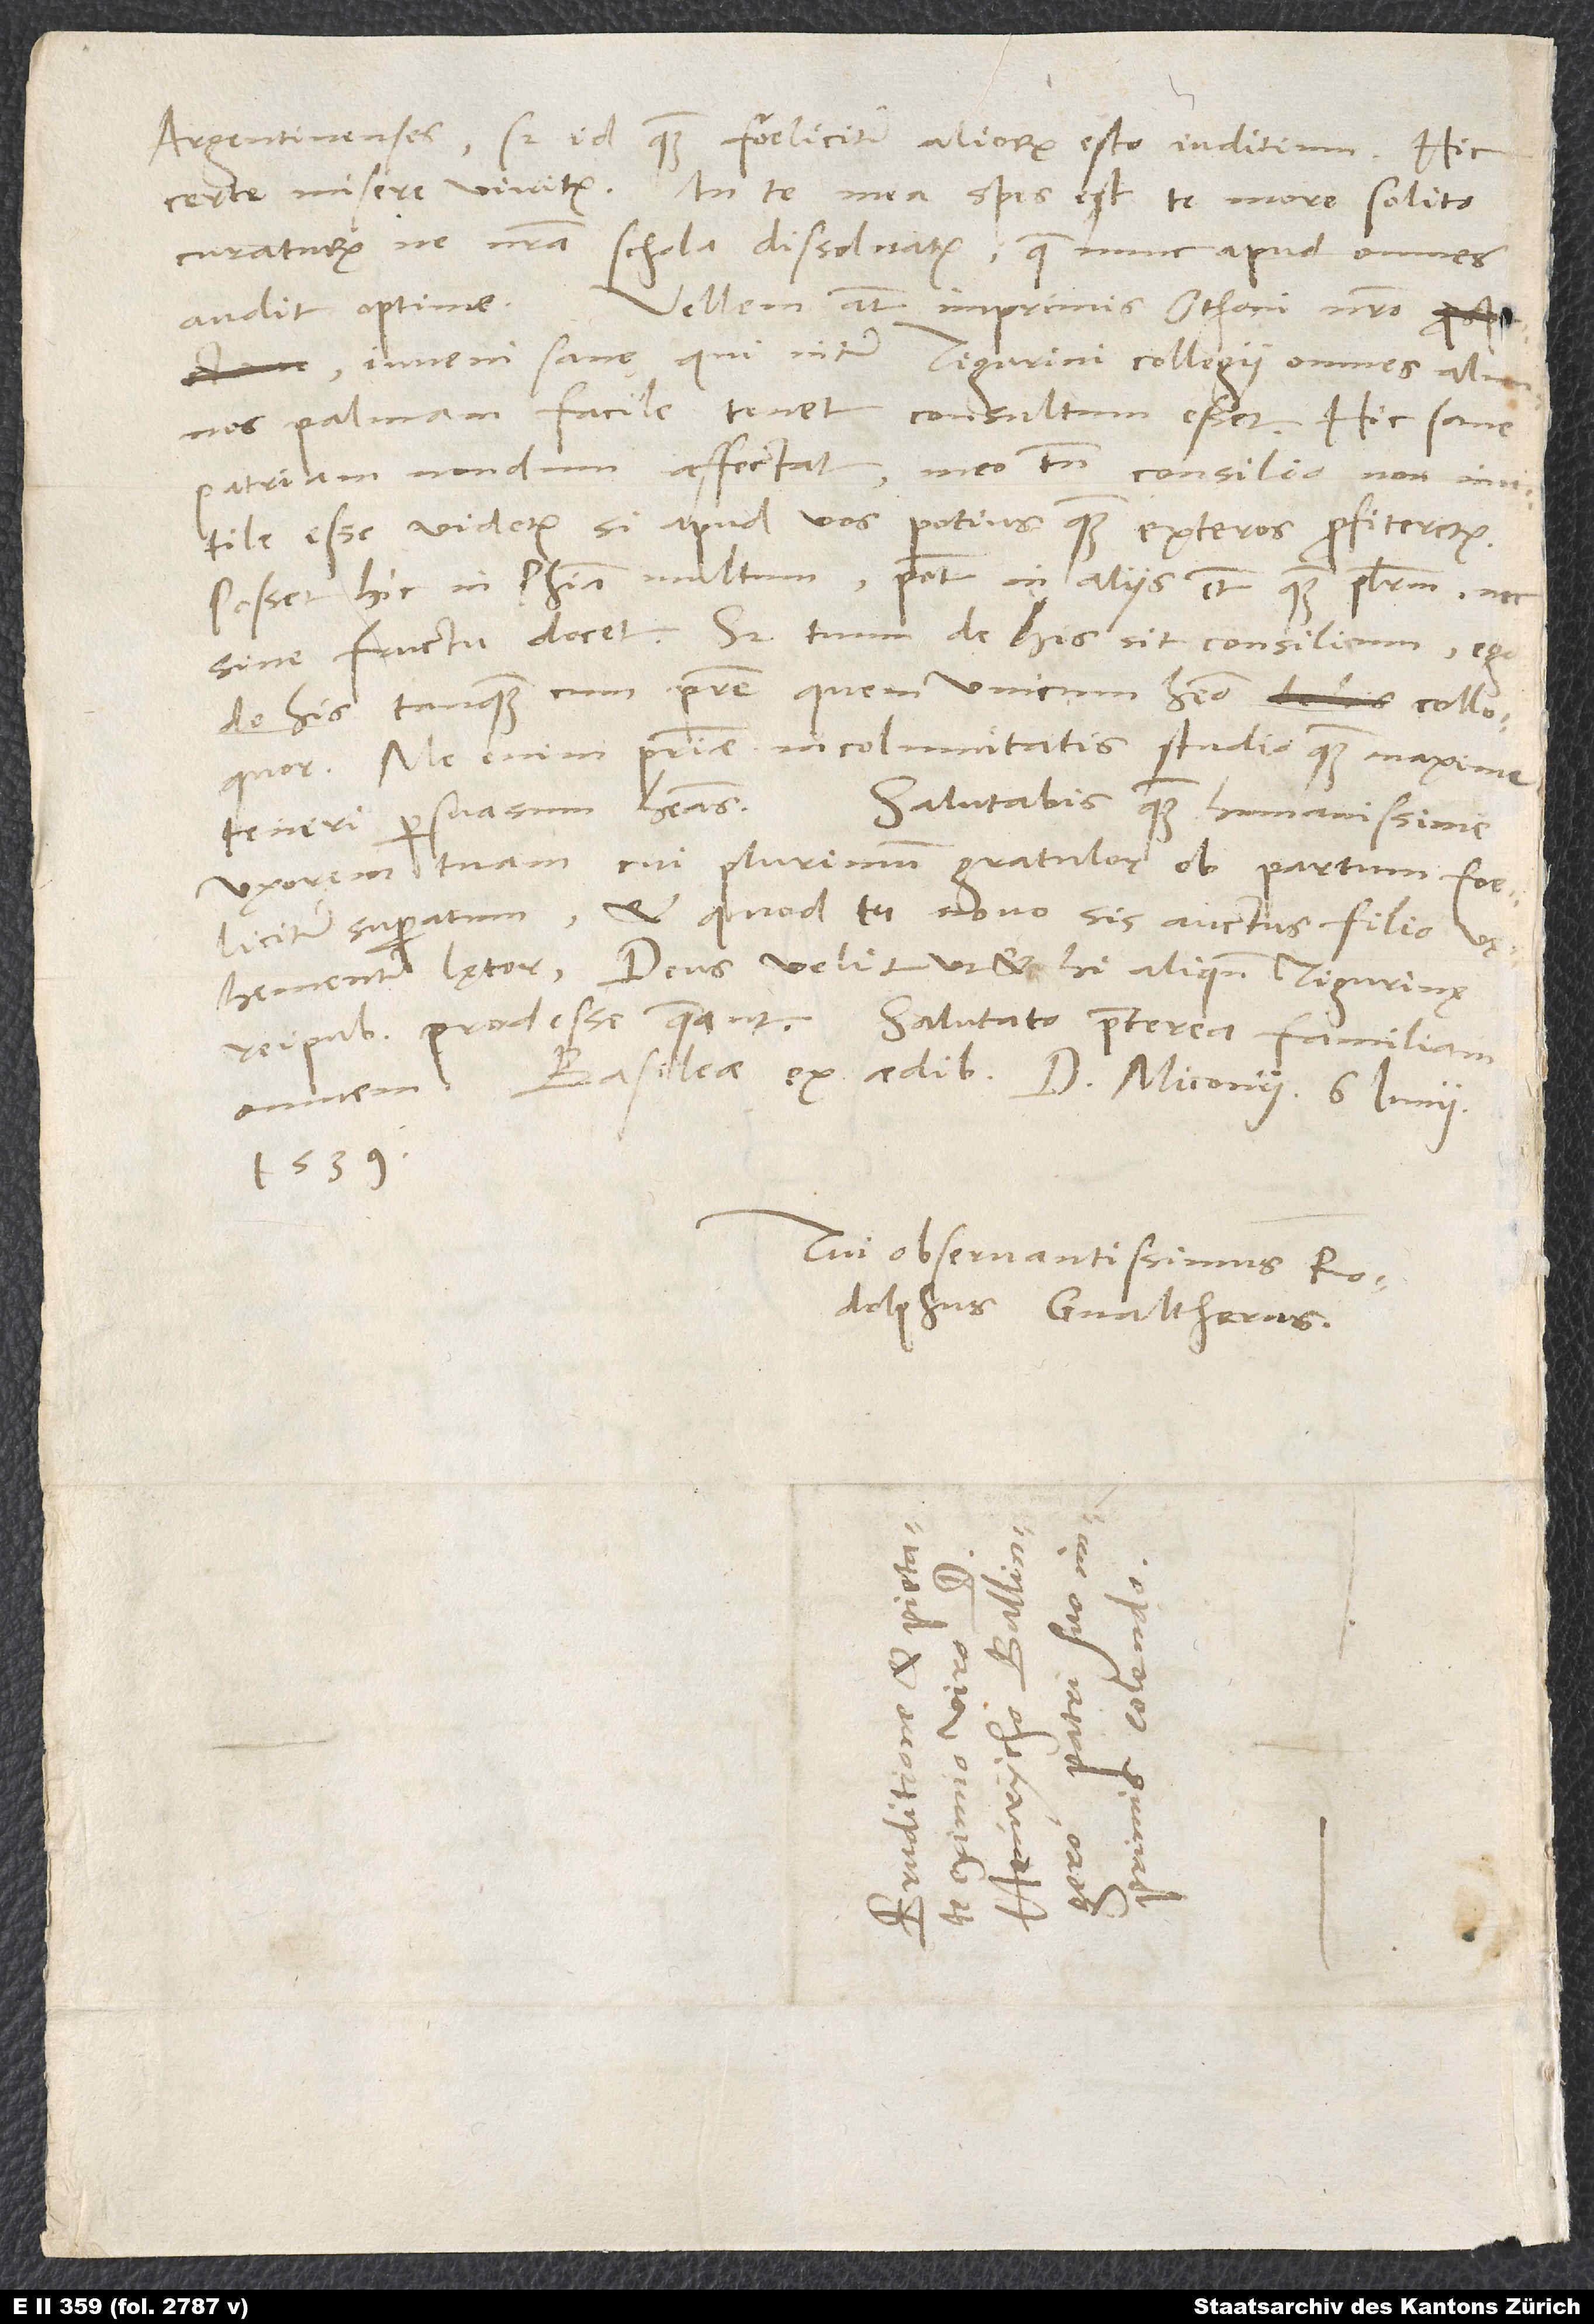
Argentinenses, sed id quam foeliciter, aliorum esto iuditium. Hic
curaturum, ne nostra schola dissolvatur, quae nunc apud omnes
Vellem autem imprimis Othoni nostro,
audit optime.
iuveni sane, qui inter Tigurini collegii omnes alumnos
palmam facile tenet, consultum esset. Hic sane
patriam nondum affectat; meo tamen consilio non inutile
esse videtur, si apud vos potius quam exteros profiteretur.
Posset hic in philosophia multum, potest in aliis etiam quam plurimum nec
sine fructu docet. Sed tuum de his sit consilium; ego
de his tanquam cum patre, quem unicum habeo, colloquor.
Me enim patriae incolumitatis studio quam maxime
Salutabis quam humanissime
teneri persuasum habeas.
uxorem tuam, cui plurimum gratulor ob partum foeliciter
superatum, et quod tu novo sis auctus filio,
vęhementer lętor. Deus velit, ut et hi aliquando Tigurinę
Basileae, ex aedibus d. Miconii, 6. iunii
1539.
Tui observantissimus
Rodolphus Gvaltherus.
d.